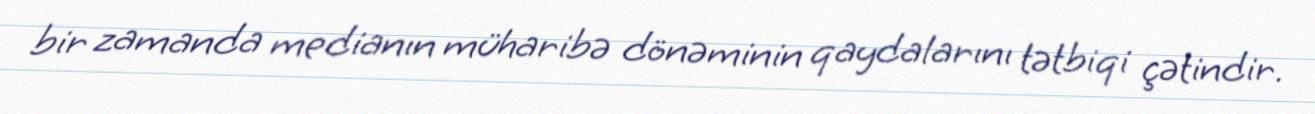
bir zamanda medianın müharibə dönəminin qaydalarını tətbiqi çətindir.